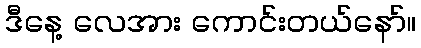
ဒီနေ့ လေအား ကောင်းတယ်နော်။